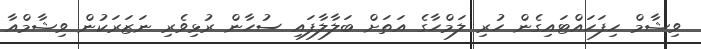
ވިޝާމް ހިފަހައްޓައިގެން ހުރި ލަމްހާގެ އަތަށް ބަލާލާފައި ސުހާން ރުޅިވެރި ނަޒަރަކުން ވިޝާމްއާ